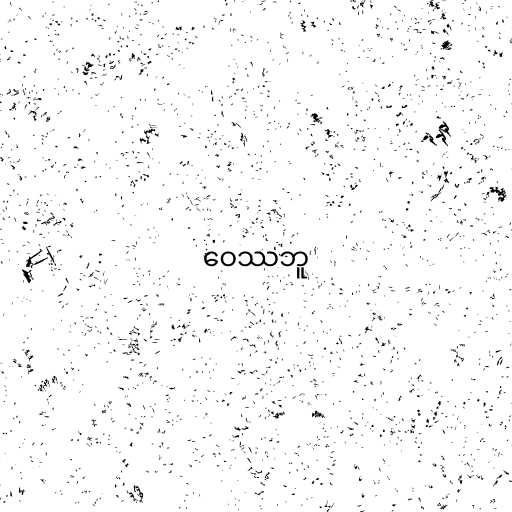
ဝေဿဘူ